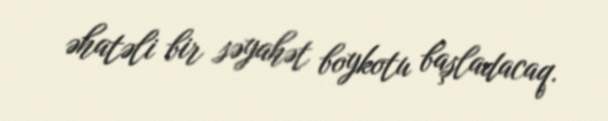
əhatəli bir səyahət boykotu başladacaq.